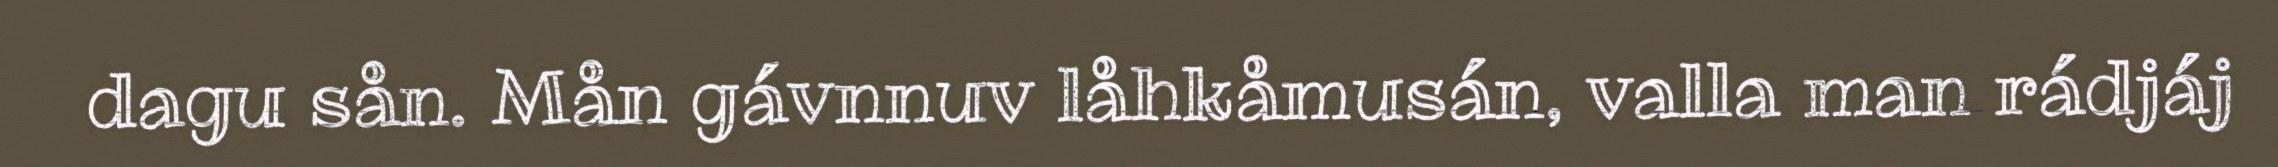
dagu sån. Mån gávnnuv låhkåmusán, valla man rádjáj